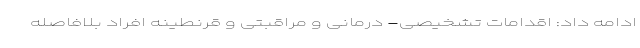
ادامه داد: اقدامات تشخیصی- درمانی و مراقبتی و قرنطینه افراد بلافاصله